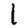
Digit: 1